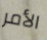
الأمر